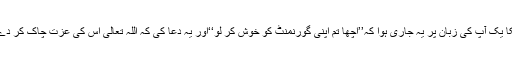
یکا یک آپ کی زبان پر یہ جاری ہوا کہ’’اچھا تم اپنی گورنمنٹ کو خوش کر لو‘‘اور یہ دعا کی کہ اللہ تعالیٰ اس کی عزت چاک کر دے۔